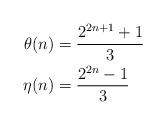
LaTeX: \begin{align*}\theta(n) &= \frac{2^{2n+1}+1}{3} \\\eta(n) &= \frac{2^{2n}-1}{3}\end{align*}